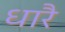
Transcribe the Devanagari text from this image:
धारै